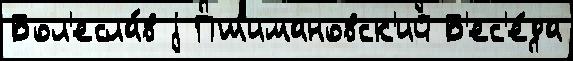
Бол'есла́в j Пшимановск'ий Б'ес'е́да